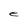
Character: e